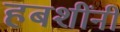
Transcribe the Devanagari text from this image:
हबशींनी